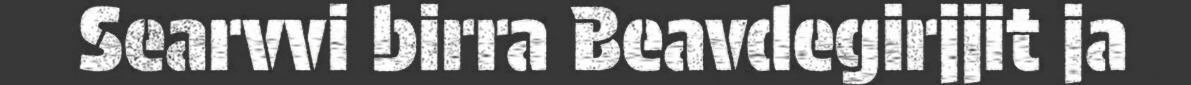
Searvvi birra Beavdegirjjit ja